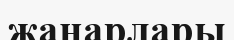
жанарлары